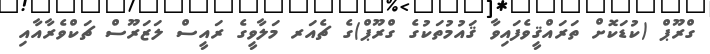
ގްރޫޕް (ކުޑަކޮށް ތަރައްޤީވެފައިވާ ޤައުމުތަކުގެ ގްރޫޕް)ގެ ޗެއަރ މަލާވީގެ ރައީސް ލަޒަރޫސް ޗަކްވެރާއާއި